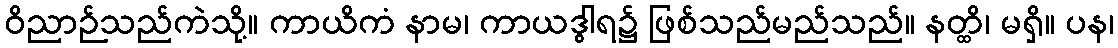
ဝိညာဉ်သည်ကဲသို့။ ကာယိကံ နာမ၊ ကာယဒွါရ၌ ဖြစ်သည်မည်သည်။ နတ္ထိ၊ မရှိ။ ပန၊